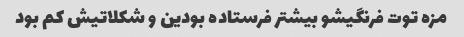
مزه توت فرنگیشو بیشتر فرستاده بودین و شکلاتیش کم بود